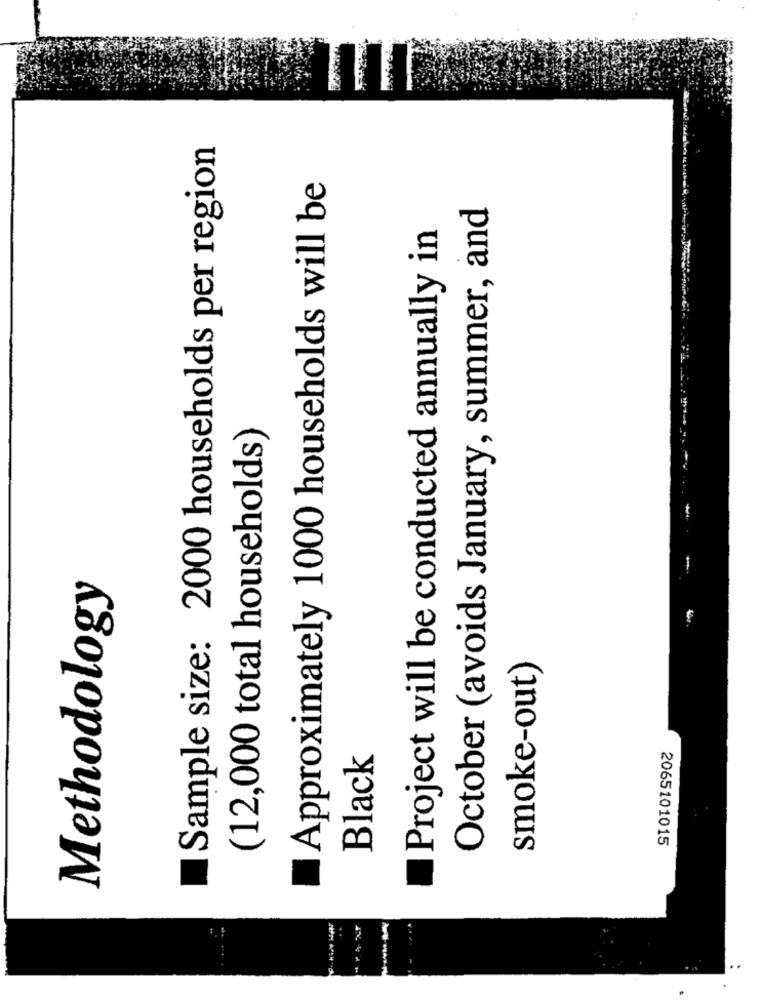
Sample size: 2000 households per region
Approximately 1000 households will be
October (avoids January, summer, and
Project will be conducted annually in
(12,000 total households)
Methodology
smoke-out)
Black
2065101015